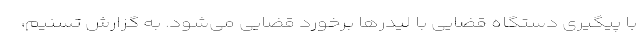
با پیگیری دستگاه قضایی با لیدرها برخورد قضایی می‌شود. به گزارش تسنیم،